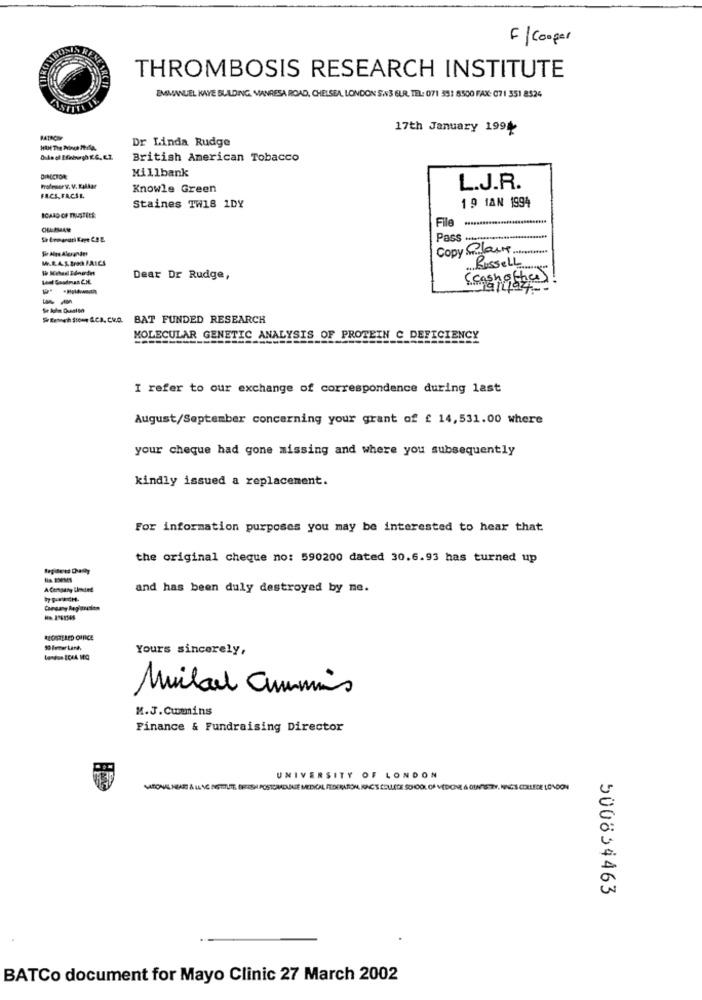
F | Cooper
THROMBOSIS RESEARCH INSTITUTE
EMMANUEL KAYE BUILDING, MANRESA ROAD, CHELSEA, LONDON S.V3 EUR, TEL: 071 351 8500 FAX: 071 351 8524
17th January 1991
Dr Linda Rudge
HAH The Prince Phila.
British American Tobacco
Millbank
DINCCION
Profesor y. V. RAAkar
Knowle Green
L.J.R.
FACS, FACSE.
Staines TW18 1DY
19 1AN 1994
File
Sir Aus Alquandes
Copy Plaire
Russell
Dear Dr Rudge,
nothas
--
BAT FUNDED RESEARCH
MOLECULAR GENETIC ANALYSIS OF PROTEIN C DEFICIENCY
I refer to our exchange of correspondence during last
August/September concerning your grant of £ 14,531.00 where
your cheque had gone missing and where you subsequently
kindly issued a replacement.
For information purposes you may be interested to hear that
the original cheque no: 590200 dated 30.6.93 has turned up
A Cengary Ceded
and has been duly destroyed by ne.
ROSTLLED OFFICE
Yours sincerely,
Milad Cummins
M.J.Cummins
Finance & Fundraising Director
UNIVERSITY OF LONDON
NATIONAL HEART & LANG ANGTITUTE BREROILPOSTGRADUATE MEDICAL FEDERATION, KAC'S COLLETE SCHOOL OF VEDCHE & OUNTE ZY, MAC'S COLLEGE LONDON
500834463
BATCo document for Mayo Clinic 27 March 2002